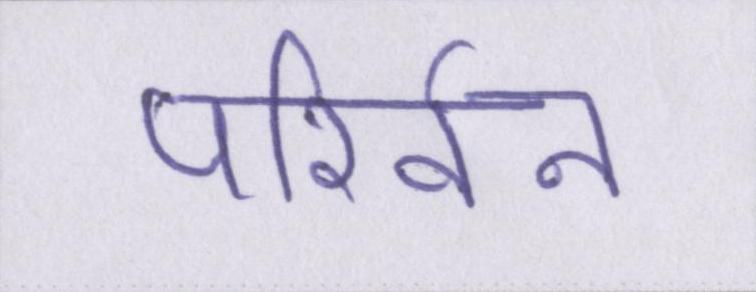
परिर्वन